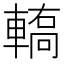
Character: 𨎄